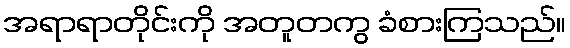
အရာရာတိုင်းကို အတူတကွ ခံစားကြသည်။